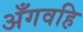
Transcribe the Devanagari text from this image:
अँगवहि